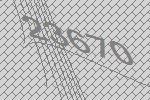
23670